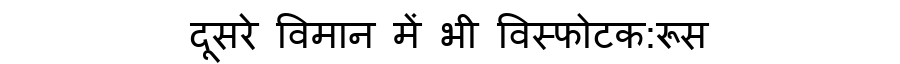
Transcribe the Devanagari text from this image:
दूसरे विमान में भी विस्फोटक:रूस